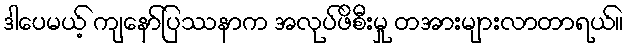
ဒါပေမယ့် ကျနော်ပြဿနာက အလုပ်ဖိစီးမှု တအားများလာတာရယ်။